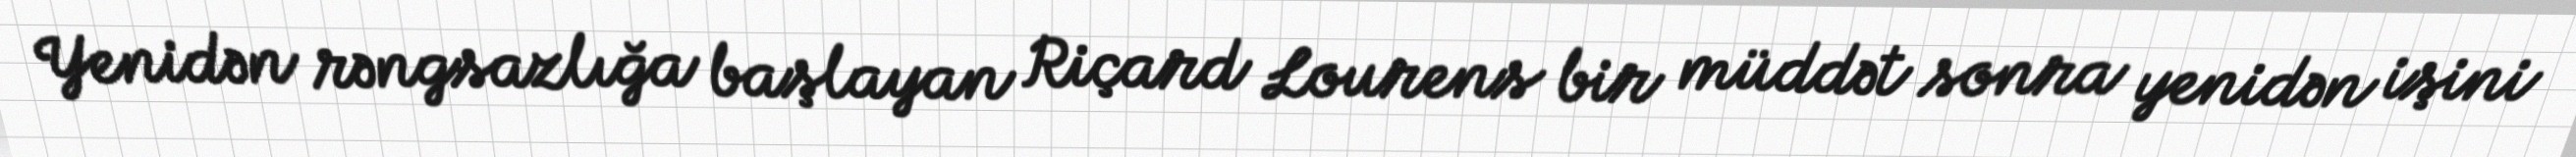
Yenidən rəngsazlığa başlayan Riçard Lourens bir müddət sonra yenidən işini